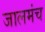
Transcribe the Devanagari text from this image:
जालमंच